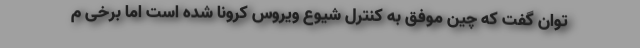
توان گفت که چین موفق به کنترل شیوع ویروس کرونا شده است اما برخی م